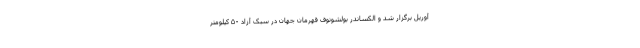
آوریل برگزار شد و الکساندر بولشونوف قهرمان جهان در سبک آزاد ۵۰ کیلومتر